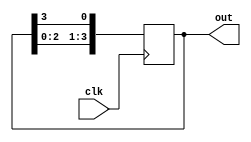
module ring_counter (
    input wire clk,
    output reg [3:0] out
);

reg [3:0] d;

always @(posedge clk) begin
    d <= {d[2:0], d[3]};
end

assign out = d;

endmodule